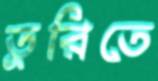
তুরিতে